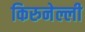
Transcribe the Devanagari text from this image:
किरुनेल्ली